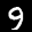
Label: 9